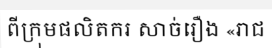
ពីក្រុមផលិតករ សាច់រឿង «រាជ